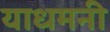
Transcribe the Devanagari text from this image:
याधमनी